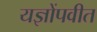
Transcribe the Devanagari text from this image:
यज्ञोंपवीत